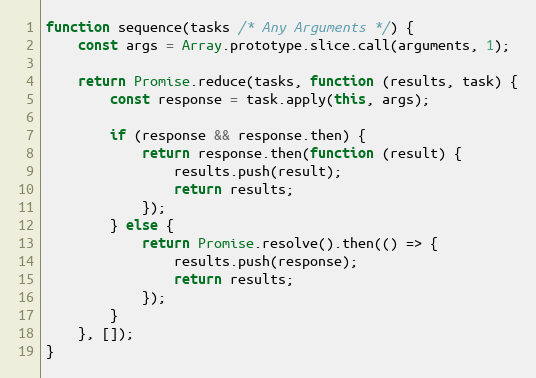
Language: JavaScript
function sequence(tasks /* Any Arguments */) {
    const args = Array.prototype.slice.call(arguments, 1);

    return Promise.reduce(tasks, function (results, task) {
        const response = task.apply(this, args);

        if (response && response.then) {
            return response.then(function (result) {
                results.push(result);
                return results;
            });
        } else {
            return Promise.resolve().then(() => {
                results.push(response);
                return results;
            });
        }
    }, []);
}